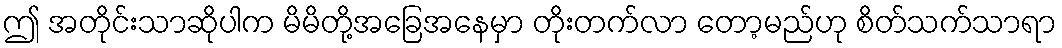
ဤ အတိုင်းသာဆိုပါက မိမိတို့အခြေအနေမှာ တိုးတက်လာ တော့မည်ဟု စိတ်သက်သာရာ